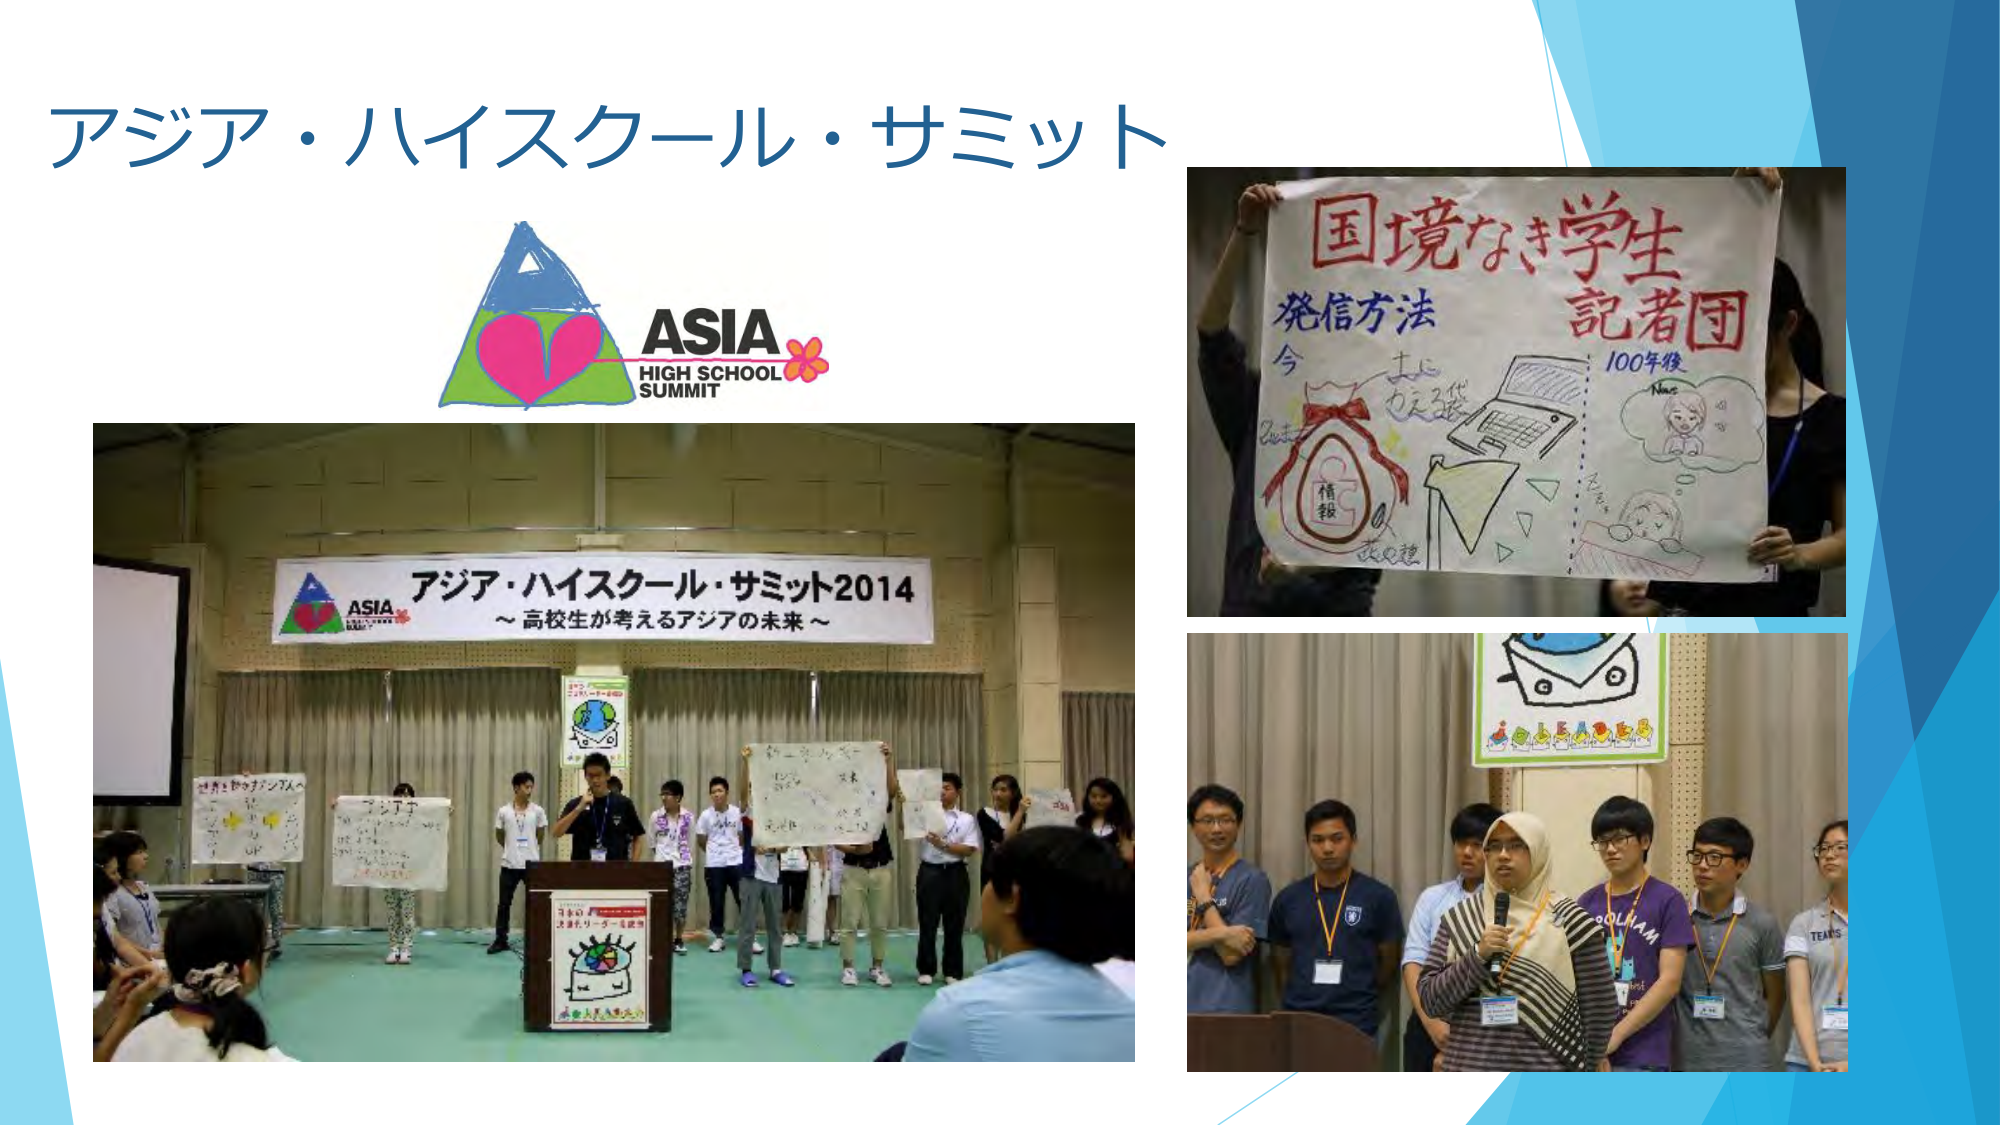
アジア・ハイスクール・サミット
ASIA
HIGH SCHOOL
SUMMIT

アジア・ハイスクール・サミット2014
～高校生が考えるアジアの未来～

国境なき学生
記者団
発信方法
今
情報
土に
かえす袋
100年後
Nan
Nan

TEAM S
SOLHAM